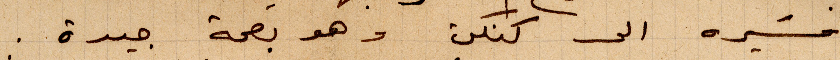
مسيره الى كنكن وهو بصحة جيدة.